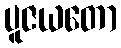
ပူဇယတော